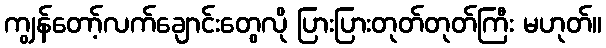
ကျွန်တော့်လက်ချောင်းတွေလို ပြားပြားတုတ်တုတ်ကြီး မဟုတ်။